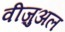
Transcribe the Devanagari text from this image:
वीज़ुअल